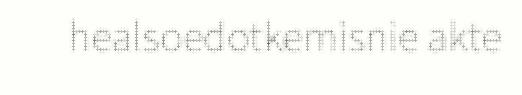
healsoedotkemisnie akte